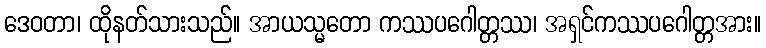
ဒေဝတာ၊ ထိုနတ်သားသည်။ အာယသ္မတော ကဿပဂေါတ္တဿ၊ အရှင်ကဿပဂေါတ္တအား။